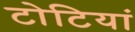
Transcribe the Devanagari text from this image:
टोटियां